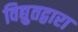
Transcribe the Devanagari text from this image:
विद्युतद्वारा